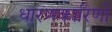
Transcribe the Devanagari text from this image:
धारणकारिणी